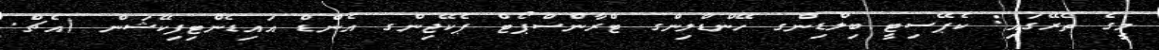
މީގެ ތެރޭގައި: ކެޕޭސިޓީ ބިލްޑިންގ ހޭންޑްލިންގ ޓްރާންސްޕޯޓް ޕެކޭޖިންގ އެންޑް އައިޑެންޓިފިކޭޝަން (އެޗް.